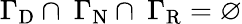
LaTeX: {\Gamma}_{\mathrm{D}}\cap\ {\Gamma}_{\mathrm{N}}\cap\ {\Gamma}_{\mathrm{R}}=\varnothing